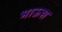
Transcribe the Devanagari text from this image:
भाऊश